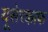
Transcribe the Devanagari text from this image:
यूसेरकाफ